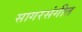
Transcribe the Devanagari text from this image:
सागरसंगीत